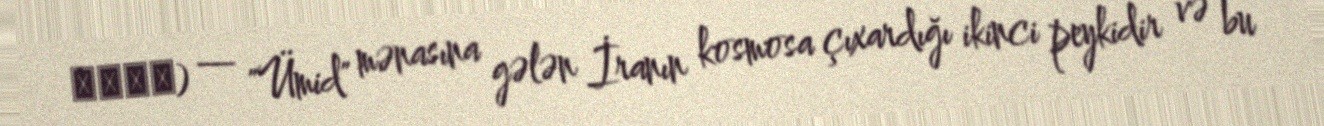
امید) — "Ümid" mənasına gələn İranın kosmosa çıxardığı ikinci peykidir və bu